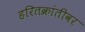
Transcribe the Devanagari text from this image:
हरितक्रांतीवर